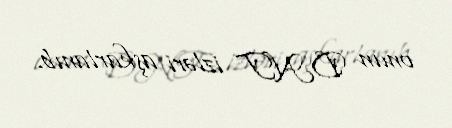
onun DNT izləri aşkarlanıb.